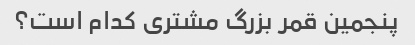
پنجمین قمر بزرگ مشتری کدام است؟